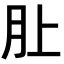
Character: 𪱚